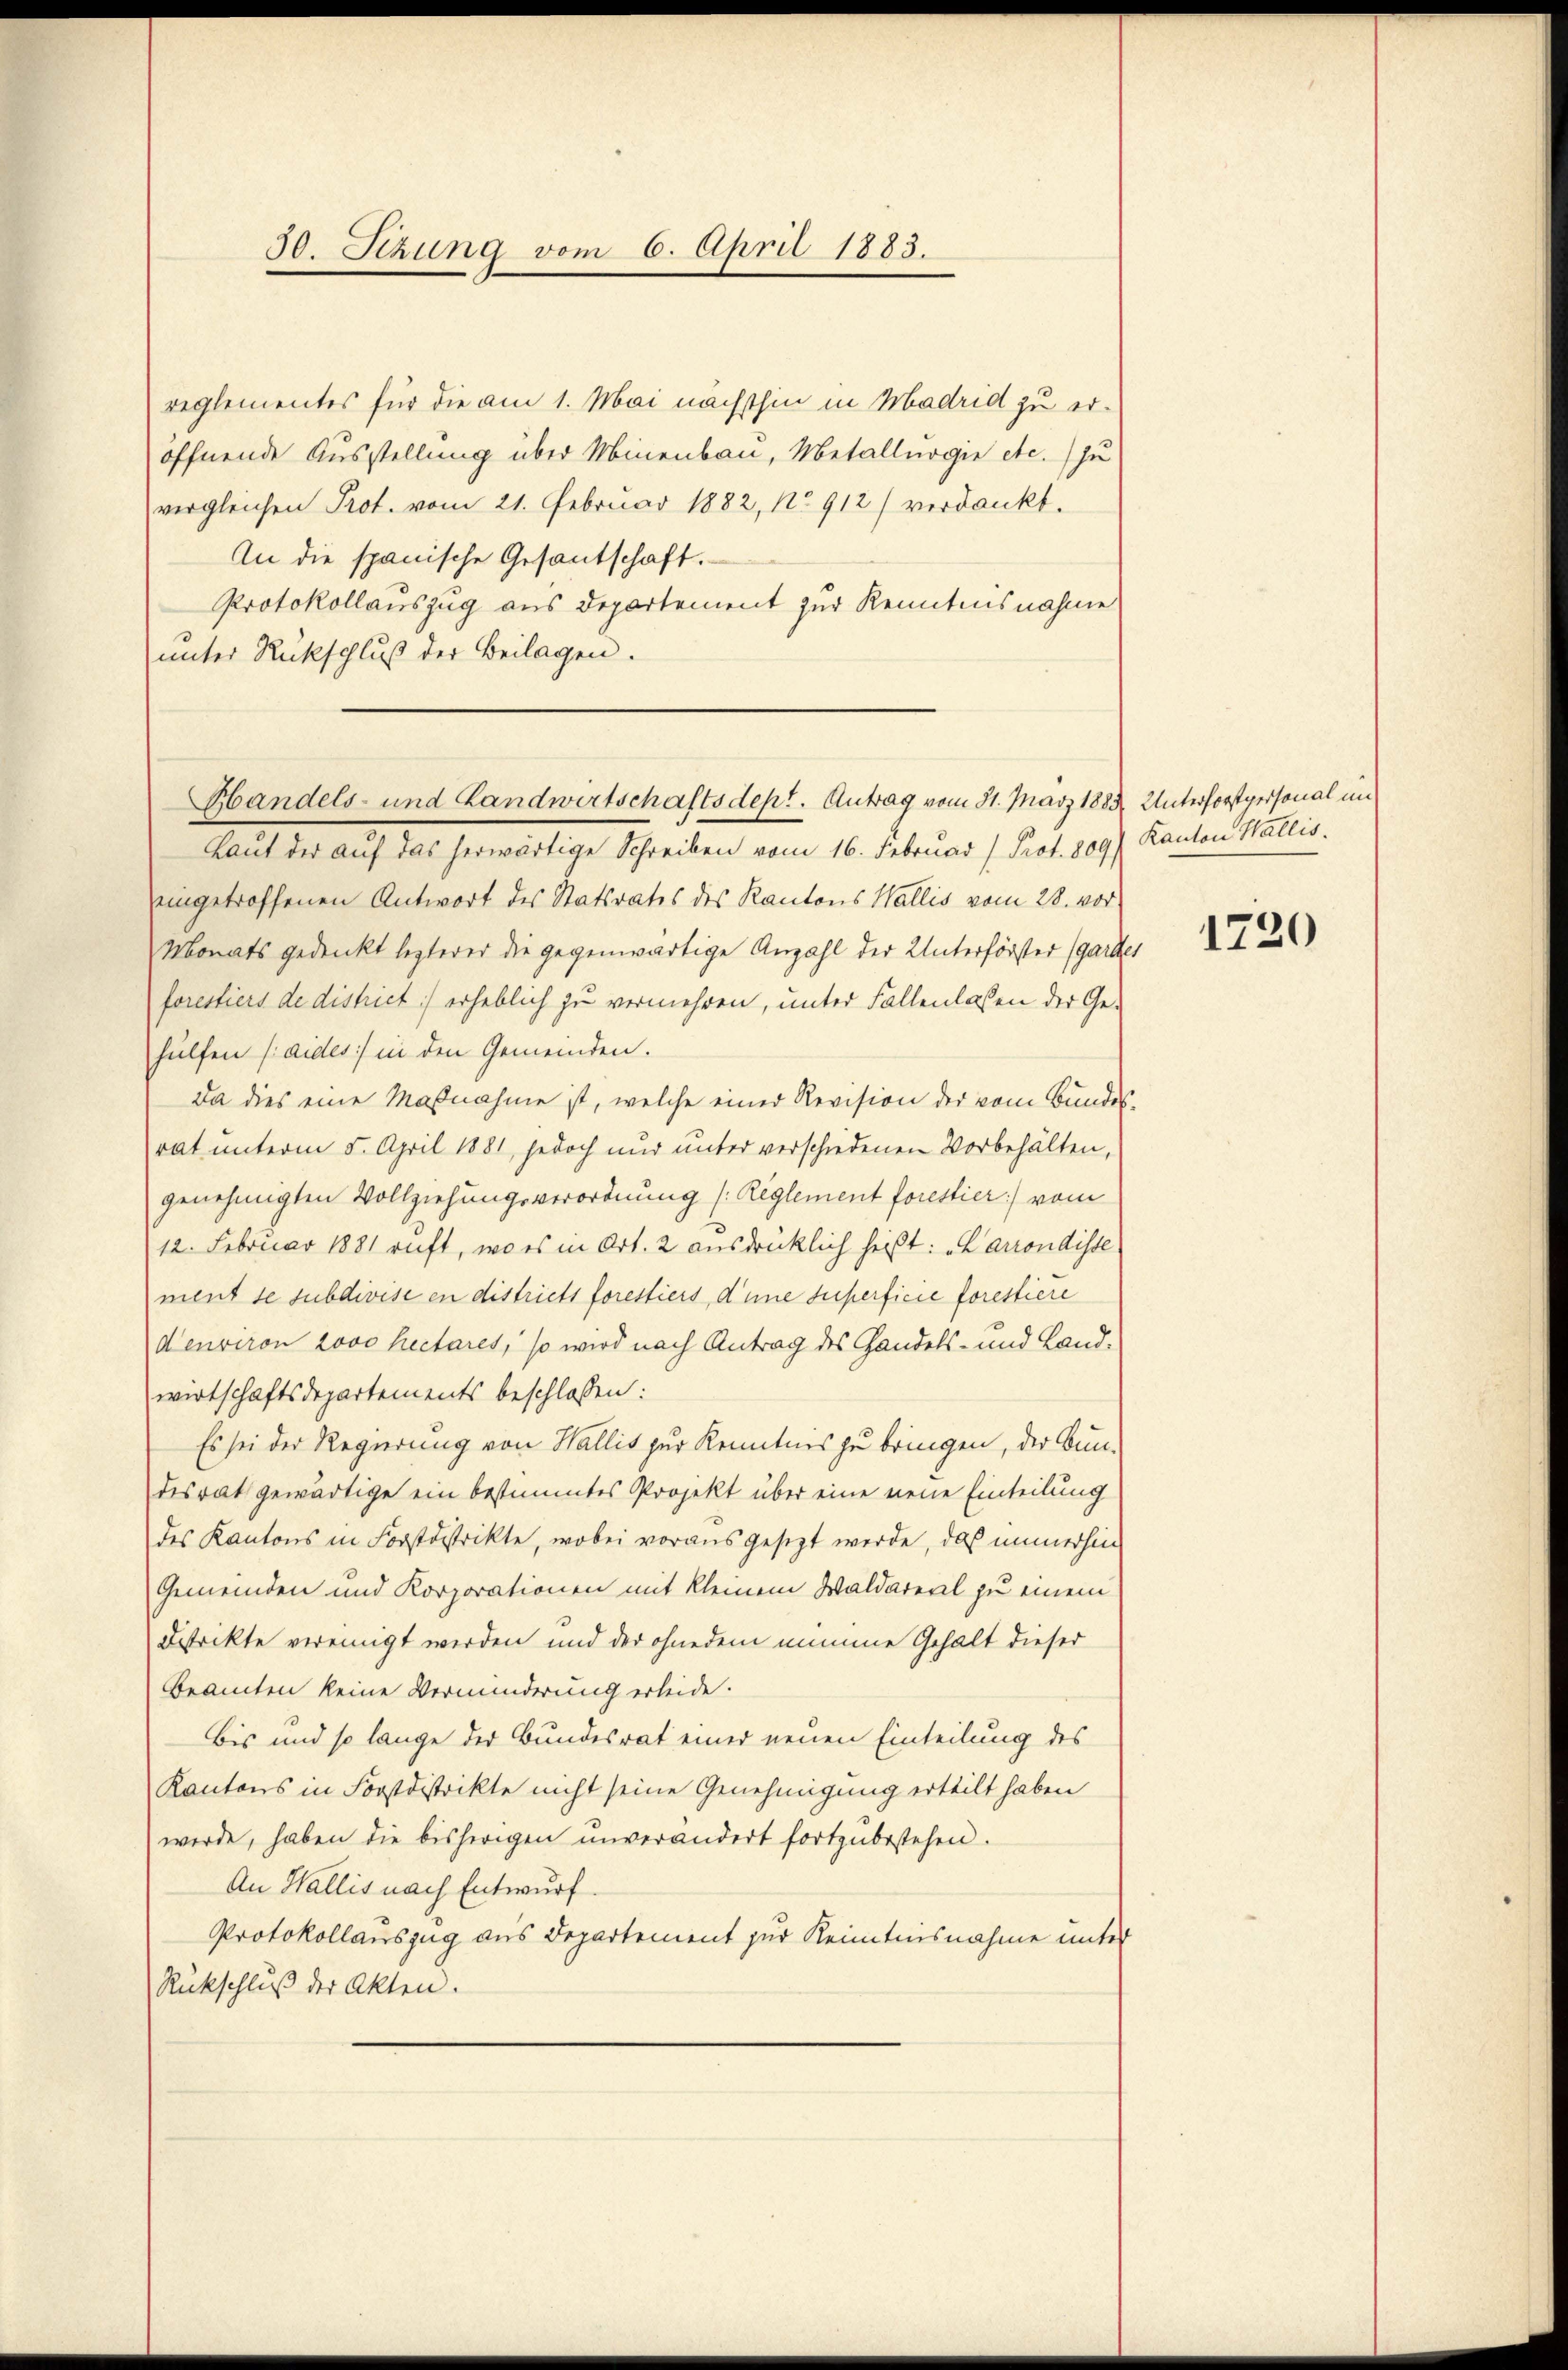
30. Sizung vom 6. April 1883.

reglementes für die am 1. Mai nächsthin in Madrid zu eröffnende Ausstellung über Minenbau, Metallurgie etc.) zu
vergleichen Prot. vom 21. Februar 1882, No 912) verdankt.
An die spanische Gesantschaft.
Protokollauszug aus Departement zur Kenntnisnahme
unter Rückschluß der Beilagen.

Handels- und Landwirtschaftsdept. Antrag vom 31. März 1883. Unterforstpersonal im

Laut der auf das herwärtige Schreiben vom 16. Februar (Prot. 809/
eingetroffenen Antwort des Statsrates des Kantons Wallis vom 28. vor¬
Monats gedenkt lezterer die gegenwärtige Anzahl der Unterförster (garter
forestiers de dishiet) erheblich zu vermehren, unter Fallenlassen der Ge-
hülfen (aides) in den Gemeinden.
Da dies eine Maßnahme ist, welche einer Revision der vom Bundesrat unterm 5. April 1881, jedoch nur unter verschiedenen Vorbehalten,
genehmigten Vollziehungsverordnung (Reglement forestier) vom
12. Februar 1881 ruft, wo es in Art. 2 ausdrücklich heißt: "Carrondisse
ment se subdivise en districts forestiers, d’une superficie forestiere
denviron zovo hectares, so wird nach Antrag des Gandels- und Landwirtschaftsdepartements beschlossen:
Es sei der Regierung von Wallis zur Kenntnis zu bringen, der Bun-
desrat gewärtige ein bestimmtes Projekt über eine neue Einteilung
des Kantons in Forstdistrikte, wobei vorausgesetzt werde, daß immerhin
Gemeinden und Korporationen mit kleinem Waldareal zu einem
Bestrikte vereinigt werden und der ohnedem nimme Gehalt dieser
Beamten keine Verminderung erleide.
bis und so lange der Bundesrat einer neuen Einteilung des
Kantons in Forstdistrikte nicht seine Genehmigung erteilt haben
werde, haben die bisherigen unverändert fortzŭbestehen.
An Wallis nach Entwurf.
Protokollauszug aus Departement zur Kenntnisnahme unter
Rückschluß der Akten.

Kanton Wallis.

1720